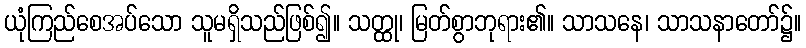
ယုံကြည်စေအပ်သော သူမရှိသည်ဖြစ်၍။ သတ္ထု၊ မြတ်စွာဘုရား၏။ သာသနေ၊ သာသနာတော်၌။